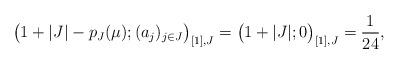
LaTeX: \begin{align*}\big(1+|J|-p_J(\mu);(a_j)_{j\in J}\big)_{[1],J}=\big(1+|J|;0\big)_{[1],J}=\frac{1}{24},\end{align*}